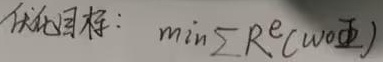
优化目标：\(\min\sum \mathrm{Re}( \omega \Phi)\)